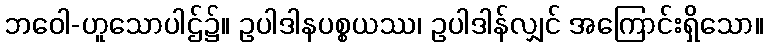
ဘဝေါ-ဟူသောပါဌ်၌။ ဥပါဒါနပစ္စယဿ၊ ဥပါဒါန်လျှင် အကြောင်းရှိသော။